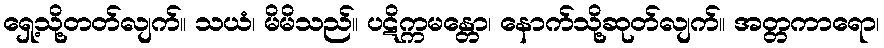
ရှေ့သို့တတ်လျက်။ သယံ၊ မိမိသည်။ ပဋိက္ကမန္တော၊ နောက်သို့ဆုတ်လျက်။ အတ္တကာရော၊